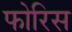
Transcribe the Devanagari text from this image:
फोरिस